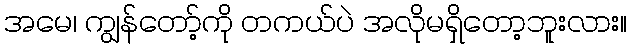
အမေ၊ ကျွန်တော့်ကို တကယ်ပဲ အလိုမရှိတော့ဘူးလား။